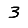
Digit: 3